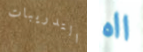
التدريبات ااه